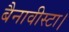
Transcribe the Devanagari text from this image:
बैनावीस्टा।